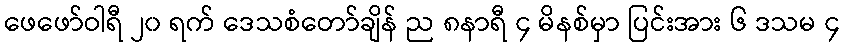
ဖေဖော်ဝါရီ ၂၀ ရက် ဒေသစံတော်ချိန် ည ၈နာရီ ၄ မိနစ်မှာ ပြင်းအား ၆ ဒသမ ၄